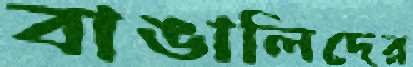
বাঙালিদের